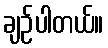
ချဉ်ပါတယ်။